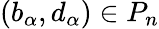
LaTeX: (b_{\alpha},d_{\alpha})\in P_{n}